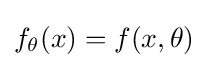
f_{\theta }(x)=f(x,\theta )